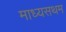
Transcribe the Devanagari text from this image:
माध्यसथम